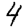
Digit: 4